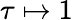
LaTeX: \tau\mapsto 1